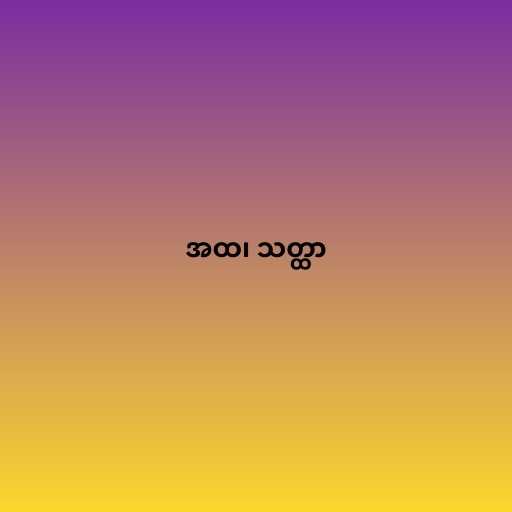
အထ၊ သတ္ထာ